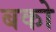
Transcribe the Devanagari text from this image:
बको